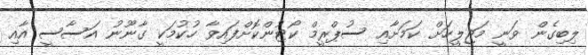
ލިބިގެން ވަނީ މަޖިލީހަށް ކަމަށާއި ސުޕްރީމް ކޯޓުންކޮށްފައިވާ ހުކުމަކީ ގާނޫނު އަސާސީ އާއި